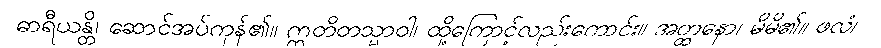
ဓာရီယန္တိ၊ ဆောင်အပ်ကုန်၏။ ဣတိတသ္မာဝါ၊ ထို့ကြောင့်လည်းကောင်း။ အတ္ထနော၊ မိမိ၏။ ဖလံ၊